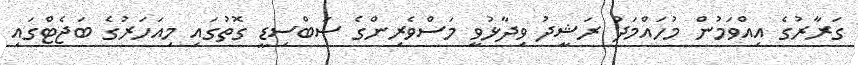
ގަރާރުގެ އިއްވަމުން މުހައްމަދު ރަޝީދު ވިދާޅުވީ މަސްވެރިންގެ ސަބްސިޑީ ގޮތުގައި މިއަހަރުގެ ބަޖެޓްގައި